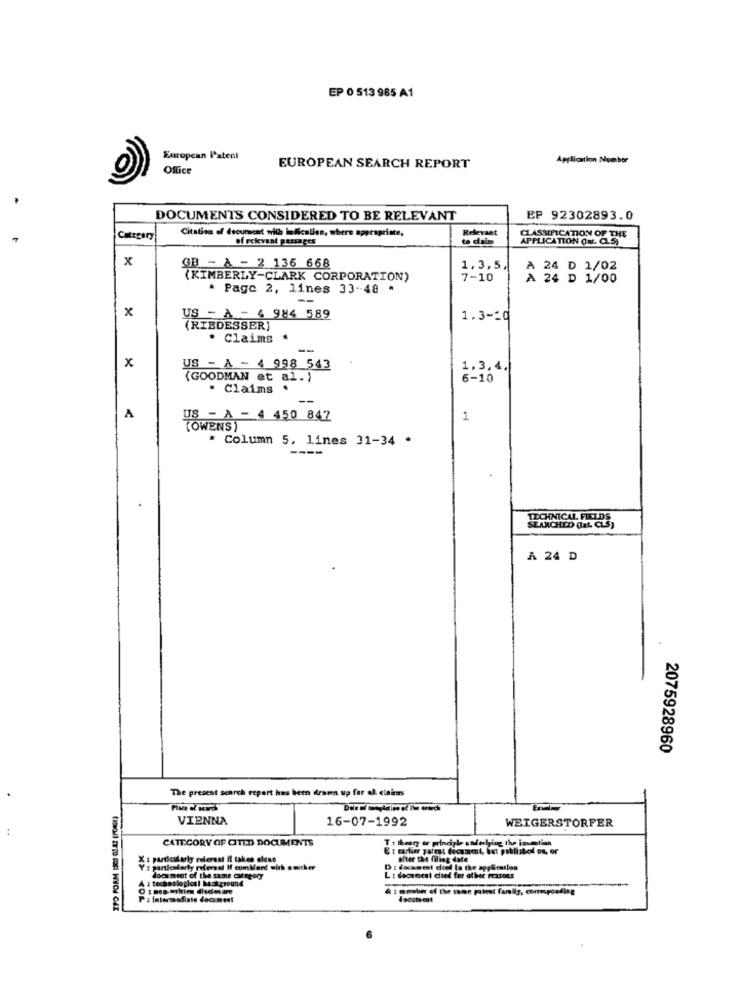
EP 0 513 985 A1
European Patent
Application Number
Office
EUROPEAN SEARCH REPORT
DOCUMENTS CONSIDERED TO BE RELEVANT
EP 92302893.0
Citation of deourscat with indicalien, where appropriate,
Relevant
Category
of relevant passages
to daim
APPLICATION Out. C.S)
ASSIFICATION OF THE
x
GB - A - 2 136 668
1.3,5
A 24 D 1/02
(KIMBERLY-CLARK CORPORATION)
7-10
A 24 D 1/00
* Page 2, lines 33-48 *
-
x
US - À - 4 984 589
1.3-20
(RIEDESSER]
Claims .
--
x
US - A - 4 998 543
1.3.4.
(GOODMAN et al. )
6-10
· Claims .
--
A
US - A - 4 450 847
1
(OWENS)
* Column 5, lines 31-34 *
TECHNICAL FIELDS
SEARCHED (Lat, CLS)
A 24 D
2075928960
The present search report has been drama up fer af claimm
VIENNA
16-07-1992
WEIGERSTORFER
CATEGORY OF OTED DOCUMENTS
borg o principle sadechying the inventian
X: particularly referaat It takes close
ater the filing date
Y : particularly refersal H comMerd with sstker
A a technological Makground
document of the same category
L : document ched for allee rcasoes
& : meaber of the same palest fanily, compoading